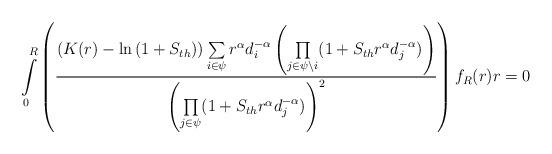
LaTeX: \begin{align*}\int\limits_{0}^{R}\left(\frac{\left(K(r)-\ln{(1+S_{th})}\right)\sum\limits_{i\in \psi}r^\alpha d_i^{-\alpha}\left ( \underset{j \in \psi\setminus i}\prod{(1+S_{th} r^\alpha d_j^{-\alpha}})\right)}{\left(\underset{j \in \psi}\prod{(1+S_{th} r^\alpha d_j^{-\alpha})}\right)^2}\right)f_R(r)r=0\end{align*}